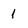
Character: 1